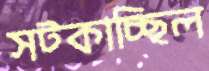
সট্‌কাচ্ছিল